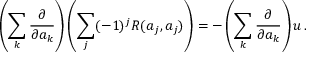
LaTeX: \left( \sum _ { k } { \frac { \partial } { \partial a _ { k } } } \right) \left( \sum _ { j } ( - 1 ) ^ { j } R ( a _ { j } , a _ { j } ) \right) = - \left( \sum _ { k } { \frac { \partial } { \partial a _ { k } } } \right) u \, .